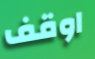
اوقف